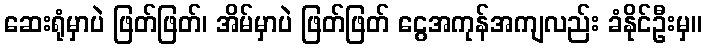
ဆေးရုံမှာပဲ ဖြတ်ဖြတ်၊ အိမ်မှာပဲ ဖြတ်ဖြတ် ငွေအကုန်အကျလည်း ခံနိုင်ဦးမှ။